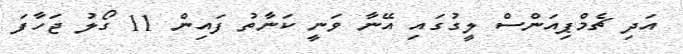
އަދި ޗެމްޕިއަންސް ލީގުގައި އޭނާ ވަނީ ކަނާތު ފައިން 11 ގޯލު ޖަހާފަ